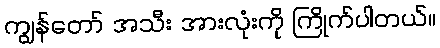
ကျွန်တော် အသီး အားလုံးကို ကြိုက်ပါတယ်။